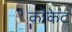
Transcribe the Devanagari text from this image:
कॉकेट